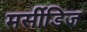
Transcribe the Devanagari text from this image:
मर्सीडिज